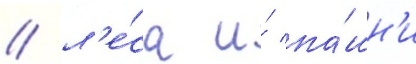
/ л'е́са и́ па́шн'и